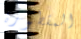
المقطورة